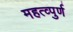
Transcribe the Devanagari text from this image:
महत्व्पुर्ण